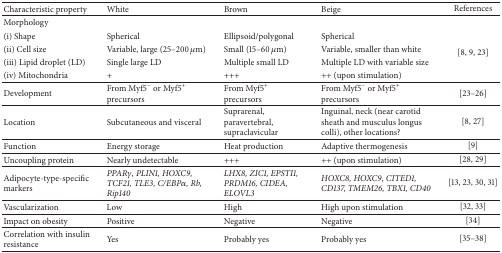
| Characteristic property | White | Brown | Beige | References |
 | --- | --- | --- | --- | --- |
 | Morphology |  |  |  |  |
 | (i) Shape | Spherical | Ellipsoid/polygonal | Spherical | <ROWSPAN=4> [8, 9, 23] |
 | (ii) Cell size | Variable, large (25–200 μm) | Small (15–60 μm) | Variable, smaller than white |
 | (iii) Lipid droplet (LD) | Single large LD | Multiple small LD | Multiple LD with variable size |
 | (iv) Mitochondria | + | +++ | ++ (upon stimulation) |
 | Development | From Myf5− or Myf5+ precursors | From Myf5+ precursors | From Myf5− or Myf5+ precursors | [23–26] |
 | Location | Subcutaneous and visceral | Suprarenal, paravertebral, supraclavicular | Inguinal, neck (near carotid sheath and musculus longus colli), other locations? | [8, 27] |
 | Function | Energy storage | Heat production | Adaptive thermogenesis | [9] |
 | Uncoupling protein | Nearly undetectable | +++ | ++ (upon stimulation) | [28, 29] |
 | Adipocyte-type-specific markers | PPARγ, PLIN1, HOXC9, TCF21, TLE3, C/EBPα, Rb, Rip140 | LHX8, ZIC1, EPSTI1, PRDM16, CIDEA, ELOVL3 | HOXC8, HOXC9, CITED1, CD137, TMEM26, TBX1, CD40 | [13, 23, 30, 31] |
 | Vascularization | Low | High | High upon stimulation | [32, 33] |
 | Impact on obesity | Positive | Negative | Negative | [34] |
 | Correlation with insulin resistance | Yes | Probably yes | Probably yes | [35–38] |